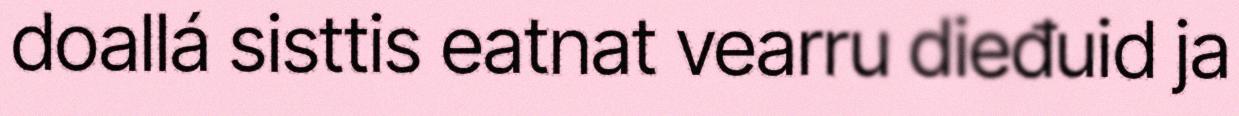
doallá sisttis eatnat vearru dieđuid ja